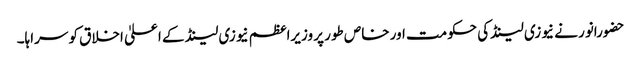
حضورانور نے نیوزی لینڈکی حکومت اور خاص طور پر وزیراعظم نیوزی لینڈ کے اعلیٰ اخلاق کو سراہا۔